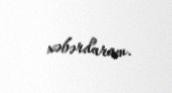
xəbərdaram.